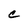
Character: C